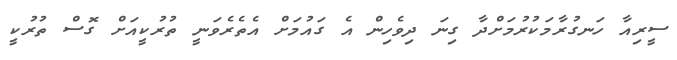
ސީރިއާ ހަނގުރާމަކުރުމަށްދާ ގިނަ ދިވެހިން އެ ގައުމަށް އެތެރެވަނީ ތުރުކީއަށް ގޮސް ތުރުކީ